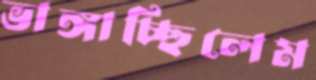
ভাঙ্গাচ্ছিলেম